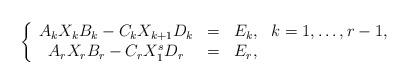
LaTeX: \begin{align*}\left\{\begin{array}{cccc}A_kX_kB_k-C_kX_{k+1}D_k&=&E_k,& k=1,\ldots,r-1,\\A_rX_rB_r-C_rX_1^sD_r&=&E_r,\end{array}\right.\end{align*}